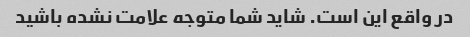
در واقع این است. شاید شما متوجه علامت نشده باشید